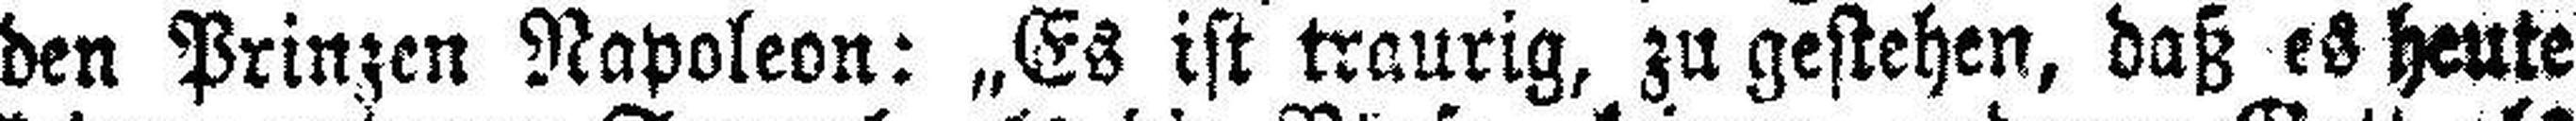
den Prinzen Napoleon: „Es ist traurig, zu gestehen, daß es heute